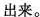
出来。